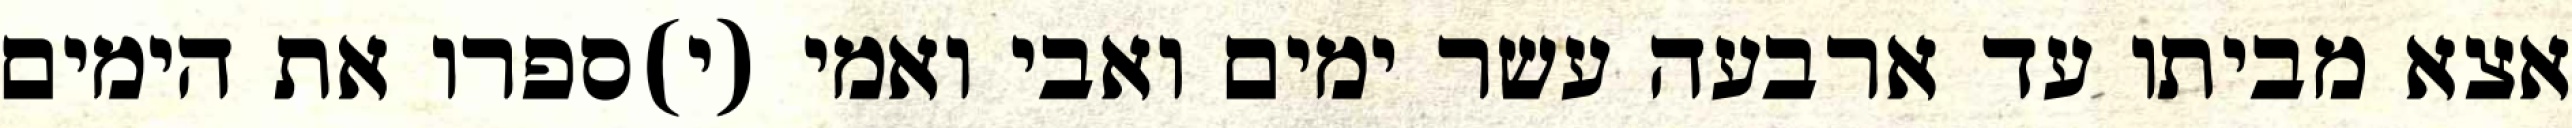
אצא מביתו עד ארבעה עשר ימים ואבי ואמי (י)ספרו את הימים